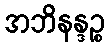
အဘိနန္ဒဉ္စ